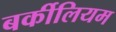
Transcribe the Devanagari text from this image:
बर्कीलियम